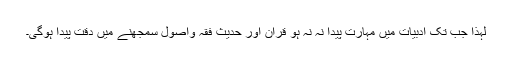
لہذا جب تک ادبیات میں مہارت پیدا نہ نہ ہو قرآن اور حدیث فقہ واصول سمجھنے میں دقت پیدا ہوگی۔